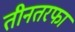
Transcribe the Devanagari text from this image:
तीनतरफा